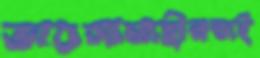
ভারসাম্যহীনতাই